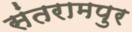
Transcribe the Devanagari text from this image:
संतरामपुर